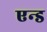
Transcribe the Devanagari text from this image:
एन्‍ड